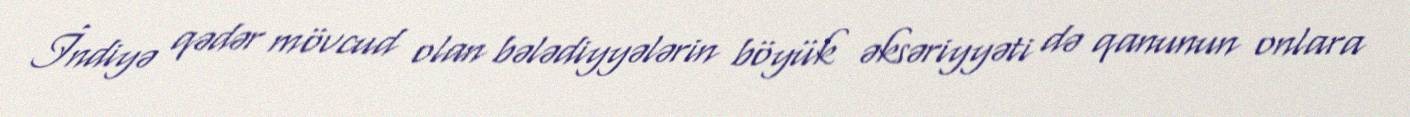
İndiyə qədər mövcud olan bələdiyyələrin böyük əksəriyyəti də qanunun onlara